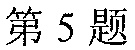
第 5 题